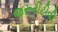
જરૂરીટીવી